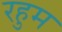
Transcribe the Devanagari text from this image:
रहुम